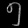
Digit: ၅